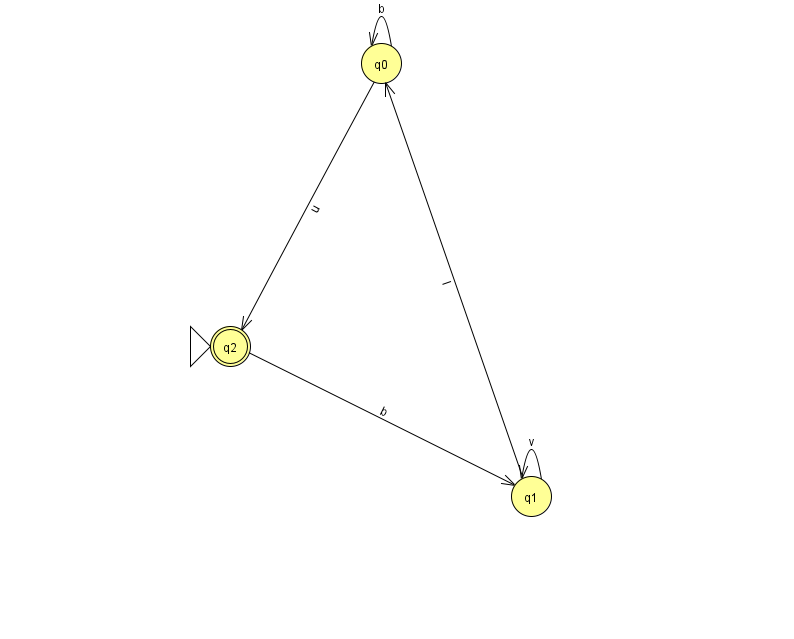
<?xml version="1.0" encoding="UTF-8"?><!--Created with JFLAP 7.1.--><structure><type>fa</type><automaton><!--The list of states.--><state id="0" name="q0"><x>381.0</x><y>50.0</y></state><state id="1" name="q1"><x>531.0</x><y>483.0</y></state><state id="2" name="q2"><x>230.0</x><y>333.0</y><initial/><final/></state><!--The list of transitions.--><transition><from>0</from><to>0</to><read>b</read></transition><transition><from>2</from><to>1</to><read>b</read></transition><transition><from>0</from><to>2</to><read>u</read></transition><transition><from>1</from><to>1</to><read>v</read></transition><transition><from>1</from><to>0</to><read>l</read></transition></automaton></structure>